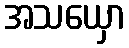
အသယှော